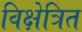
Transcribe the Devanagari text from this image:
विक्षेत्रित